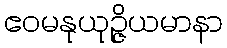
ဧဝမနုယုဉ္ဇိယမာနာ